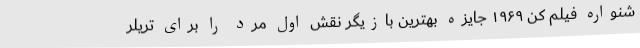
شنواره فیلم کن ۱۹۶۹ جایزه بهترین بازیگر نقش اول مرد را برای تریلر